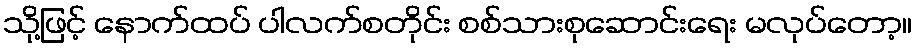
သို့ဖြင့် နောက်ထပ် ပါလက်စတိုင်း စစ်သားစုဆောင်းရေး မလုပ်တော့။